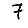
Digit: 7